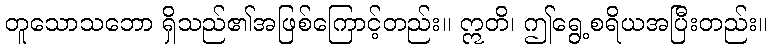
တူသောသဘော ရှိသည်၏အဖြစ်ကြောင့်တည်း။ ဣတိ၊ ဤရွေ့စရိယအပြီးတည်း။